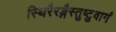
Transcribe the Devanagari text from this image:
स्थिरैरङ्गैस्तुष्टुवागं